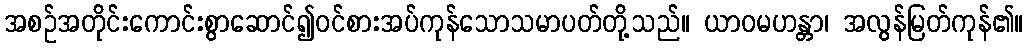
အစဉ်အတိုင်းကောင်းစွာဆောင်၍ဝင်စားအပ်ကုန်သောသမာပတ်တို့သည်။ ယာဝမဟန္တာ၊ အလွန်မြတ်ကုန်၏။